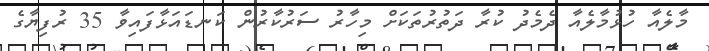
މާލެއާ ހުޅުމާލެއާ ދެމެދު ކުރާ ދަތުރުތަކަށް މިހާރު ސަރުކާރުން ކަނޑައަޅާފައިވާ 35 ރުފިޔާގެ